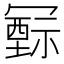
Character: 𥛛